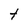
Character: t